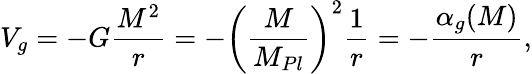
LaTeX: V_{g}=-G\frac{M^{2}}{r}=-\left(\frac{M}{M_{Pl}}\right)^{2}\frac{1}{r}=-\frac{\alpha_{g}(M)}{r},